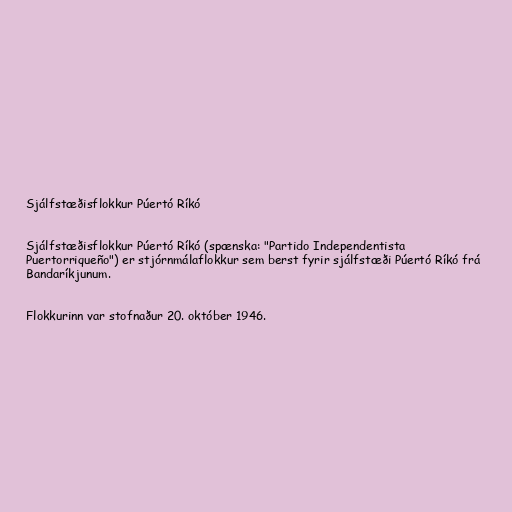
Sjálfstæðisflokkur Púertó Ríkó

Sjálfstæðisflokkur Púertó Ríkó (spænska: "Partido Independentista
Puertorriqueño") er stjórnmálaflokkur sem berst fyrir sjálfstæði Púertó Ríkó frá
Bandaríkjunum.

Flokkurinn var stofnaður 20. október 1946.